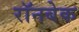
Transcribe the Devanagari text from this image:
रॉनबेक